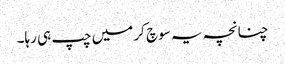
چنانچہ یہ سوچ کر میں چپ ہی رہا۔